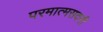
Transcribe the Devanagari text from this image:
परमात्मसदनी